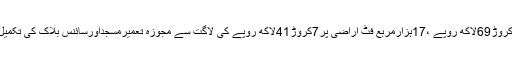
ڈاکٹرگل زمان نے کہاکہ انہوں نے یونیورسٹی پبلک سکول کی عمارت کیلئے 26کروڑ69لاکھ روپے ،17ہزارمربع فٹ اراضی پر7کروڑ41لاکھ روپے کی لاگت سے مجوزہ تعمیرمسجداورسائنس بلاک کی تکمیل کیلئے 15کروڑروپے سمیت سوئی گیس کی فراہمی جیسے منصوبے پیش کئے ۔